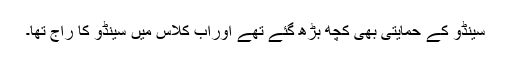
سینڈو کے حمایتی بھی کچھ بڑھ گئے تھے اوراب کلاس میں سینڈو کا راج تھا۔